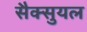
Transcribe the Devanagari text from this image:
सैक्सुयल